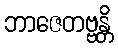
ဘာဇေတဗ္ဗန္တိ